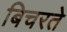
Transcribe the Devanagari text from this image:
बिचरते